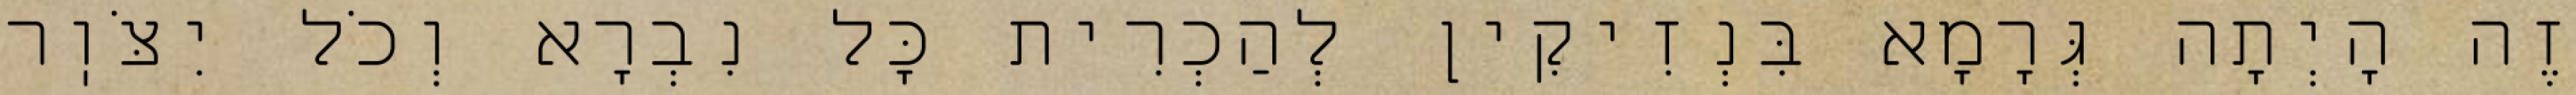
זֶה הָיְתָה גְּרָמָא בִּנְזִיקִין לְהַכְרִית כׇּל נִבְרָא וְכֹל יִצֹּוֽר